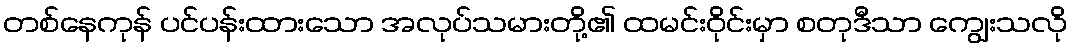
တစ်နေကုန် ပင်ပန်းထားသော အလုပ်သမားတို့၏ ထမင်းဝိုင်းမှာ စတုဒီသာ ကျွေးသလို